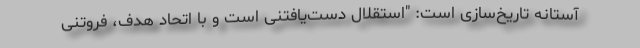
آستانه تاریخ‌سازی است: "استقلال دست‌یافتنی است و با اتحاد هدف، فروتنی